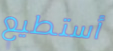
أستطيع